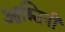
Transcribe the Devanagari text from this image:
आश्चिनी